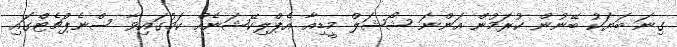
ގިނަ ބަޔަކު ބޭނުން ކުރަމުން އަންނަ ޝޯޝަލް މީޑިއާ އެޕްލިކޭޝަނެއް ކަމުގައިވާ ސްނެޕްޗެޓްގައި